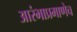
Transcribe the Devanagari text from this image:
आरंभाप्रमाणेच